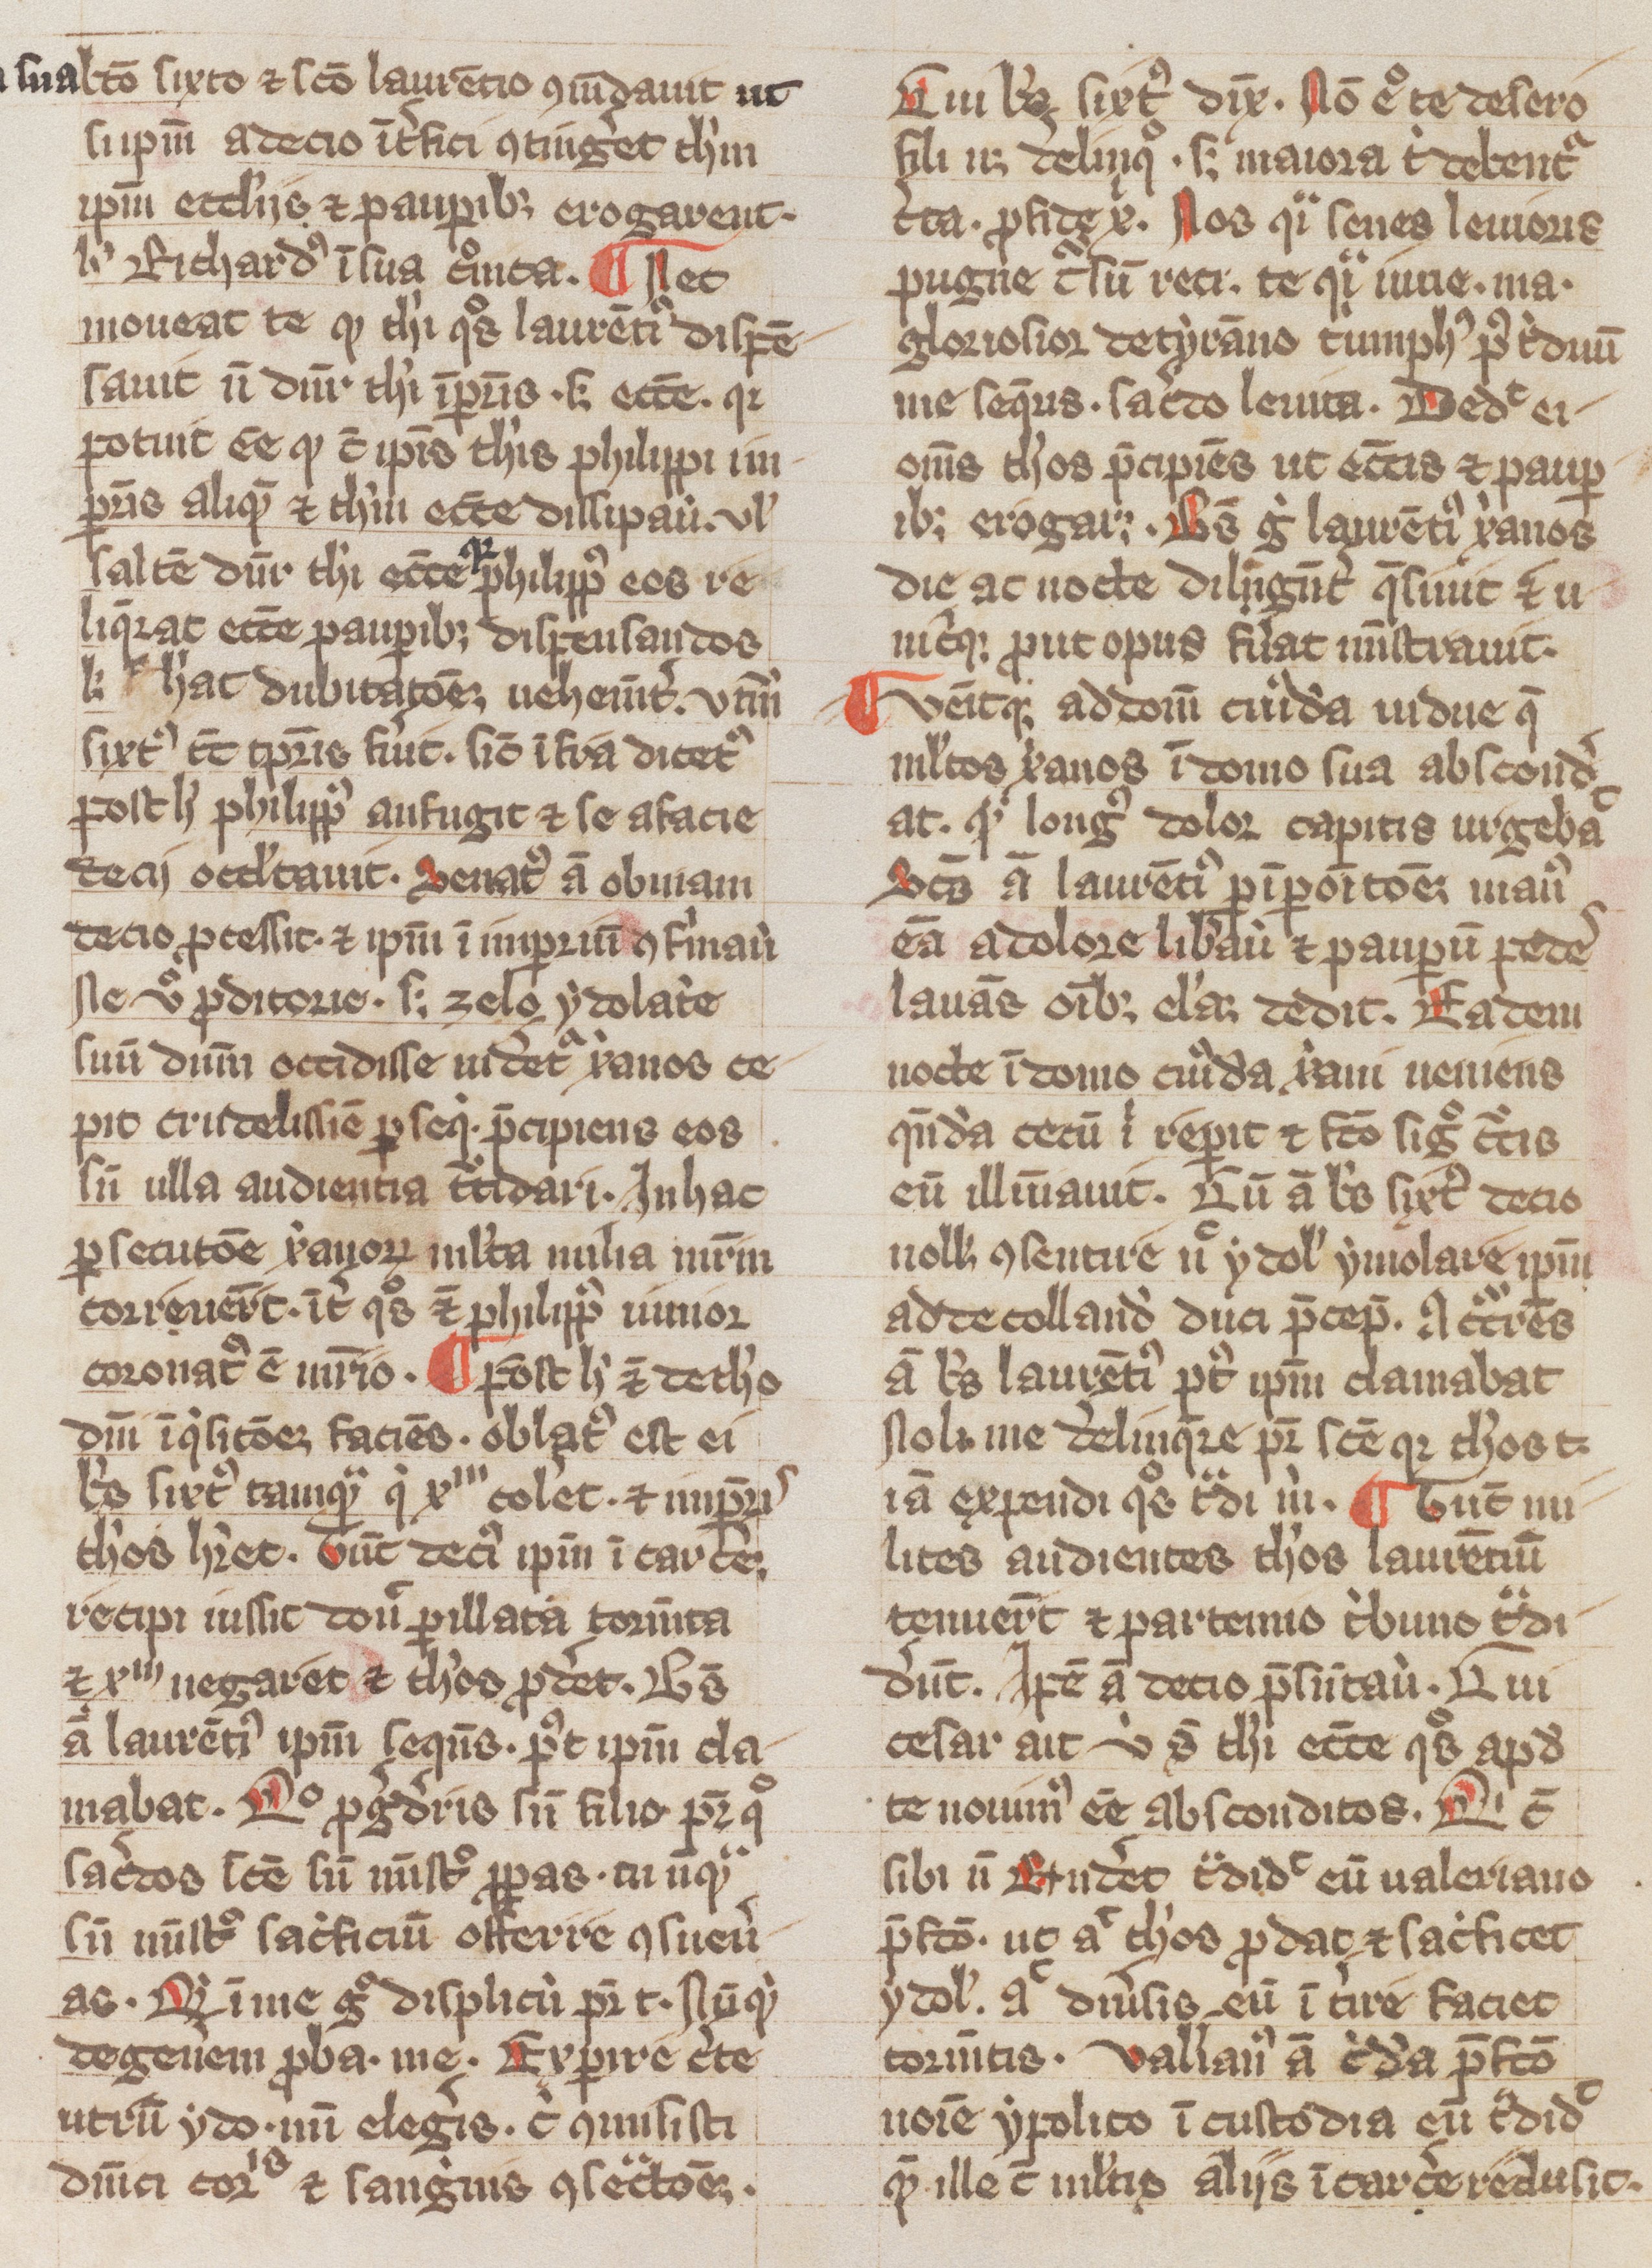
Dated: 1300–1399